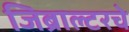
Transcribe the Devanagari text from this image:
जिब्राल्टरचे